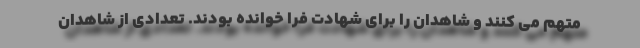
متهم می کنند و شاهدان را برای شهادت فرا خوانده بودند. تعدادی از شاهدان